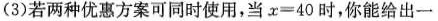
(3)若两种优惠方案可同时使用，当x=40时，你能给出一